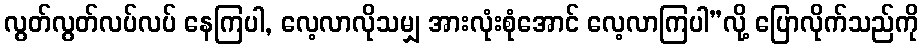
လွတ်လွတ်လပ်လပ် နေကြပါ, လေ့လာလိုသမျှ အားလုံးစုံအောင် လေ့လာကြပါ”လို့ ပြောလိုက်သည်ကို